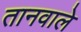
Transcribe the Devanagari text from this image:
तानवाले